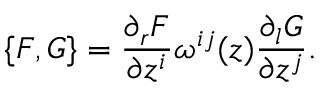
\{ F , G \} = { \frac { \partial _ { r } F } { \partial z ^ { i } } } \omega ^ { i j } ( z ) { \frac { \partial _ { l } G } { \partial z ^ { j } } } .